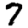
Digit: 7